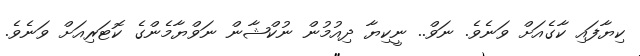
ކިޔާފައި ކާގެއަށް ވަނެވެ. ނަވް.. ނީކިޔާ ދިއުމުން ނުކްޝާން ނަވްޔާމެންގެ ކޮޓަރިއަށް ވަނެވެ.